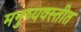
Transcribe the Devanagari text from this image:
मनुष्यवस्तीत